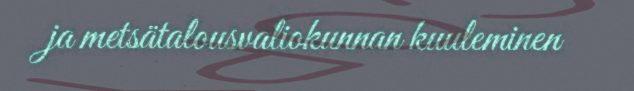
ja metsätalousvaliokunnan kuuleminen